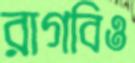
রাগবিও